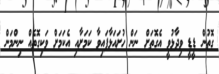
ގޮތުން ޑީޑީ ވިދާޅުވީ އެގޮތަށް ނަން ހުށައަޅާފައިވާ ކަމަށާއި އެކަމަށް ވަކިގޮތެއް ނިންމަން